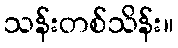
သန်းတစ်သိန်း။